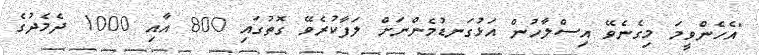
"އެހެންވީމަ މިގެނެވޭ އިސްލާހުން އަޅުގަނޑުމެންނަށް ލަފާކުރެވޭ ގޮތުގައި 800 އާއި 1000 ދެމެދުގެ